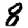
Digit: 8